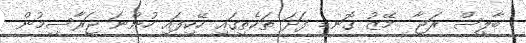
ބާލީސް ރަޖާ  މޭޒު ގޮނޑި ފަދަ ތަކެތީގައި ހޭކިފައި ހުންނަ ޖަރާސީމުން